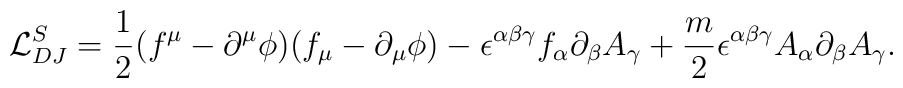
{\cal {L}}_{DJ}^S=\frac{1}{2}(f^\mu -\partial^{\mu}\phi ) (f_\mu-\partial_{\mu }\phi )-\epsilon ^{\alpha\beta\gamma}f_\alpha\partial _\beta A_\gamma +\frac{m}{2}\epsilon^{\alpha\beta\gamma}A_{\alpha}\partial_{\beta}A_{\gamma}.